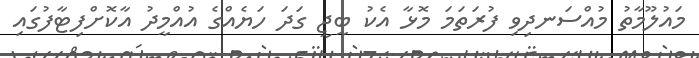
މައުލޫމާތު މުއްސަނދިވި ފުރަތަމަ މޮޅާ އެކު ބީޖީ ގަދަ ހަޔެއްގެ އުއްމީދު އާކޮށްފިޓާފުގައި